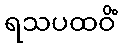
ရသပထဝိံ